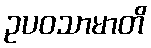
ဥပဝသာမာတိ